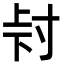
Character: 𭔮